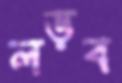
লড়ব